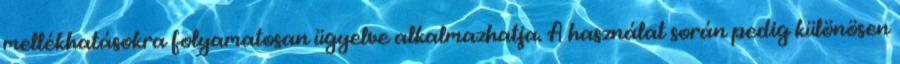
mellékhatásokra folyamatosan ügyelve alkalmazhatja. A használat során pedig különösen